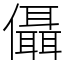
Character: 㒤